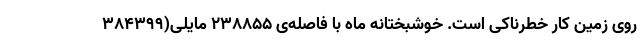
روی زمین کار خطرناکی است. خوشبختانه ماه با فاصله‌ی ۲۳۸۸۵۵ مایلی(۳۸۴۳۹۹